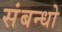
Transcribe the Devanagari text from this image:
संबन्धो